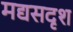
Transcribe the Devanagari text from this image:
मद्यसदृश